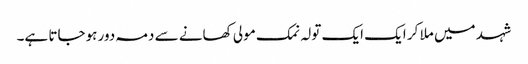
شہد میں ملا کر ایک ایک تولہ نمک مولی کھانے سے دمہ دور ہوجاتا ہے۔